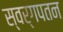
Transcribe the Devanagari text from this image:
स्वर्गपतन